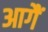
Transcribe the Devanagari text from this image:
आगैं